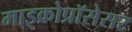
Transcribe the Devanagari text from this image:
माइक्रोप्रॉसेसर